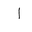
Letter: _alif